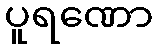
ပူရဏော